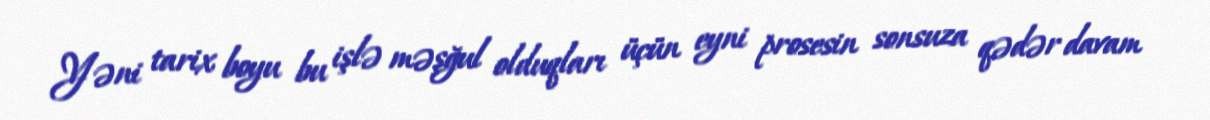
Yəni tarix boyu bu işlə məşğul olduqları üçün eyni prosesin sonsuza qədər davam